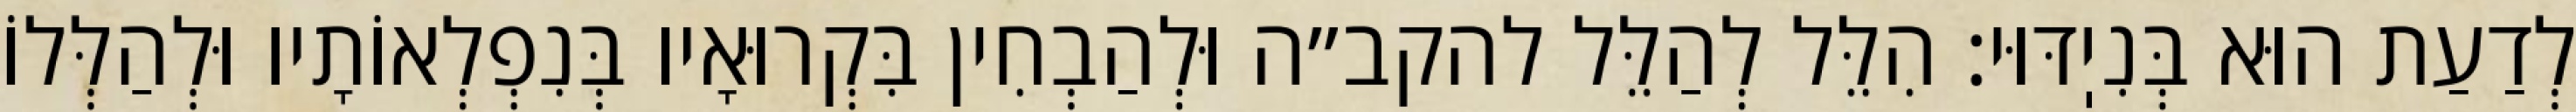
לְדַעַת הוּא בְּנִיֽדּוּי: הִלֵּל לְהַלֵּל להקב״ה וּלְהַבְחִין בִּקְרוּאָיו בְּנִפְלְאוֹתָיו וּלְהַלְּלוֹ